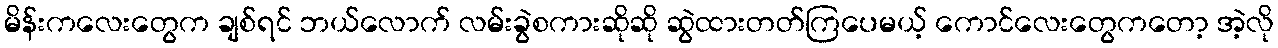
မိန်းကလေးတွေက ချစ်ရင် ဘယ်လောက် လမ်းခွဲစကားဆိုဆို ဆွဲထားတတ်ကြပေမယ့် ကောင်လေးတွေကတော့ အဲ့လို